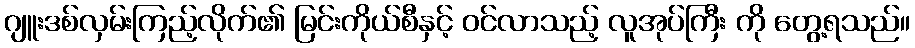
ဂျူးဒစ်လှမ်းကြည့်လိုက်၏ မြင်းကိုယ်စီနှင့် ဝင်လာသည့် လူအုပ်ကြီး ကို တွေ့ရသည်။